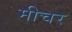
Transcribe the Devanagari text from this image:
मीचर